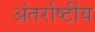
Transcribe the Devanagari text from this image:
अंतर्राष्टींय